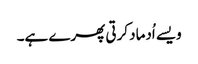
ویسے اُدماد کرتی پھرے ہے۔